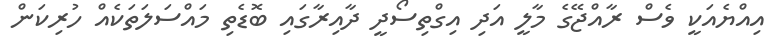
އިއްޔެއަކީ ވެސް ރާއްޖޭގެ މާލީ އަދި އިގްތިސޯދީ ދާއިރާގައި ބޮޑެތި މައްސަލަތަކެއް ހުރިކަން